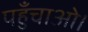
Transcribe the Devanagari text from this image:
पहुँचाओ।